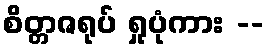
စိတ္တဇရုပ် ရှုပုံကား --